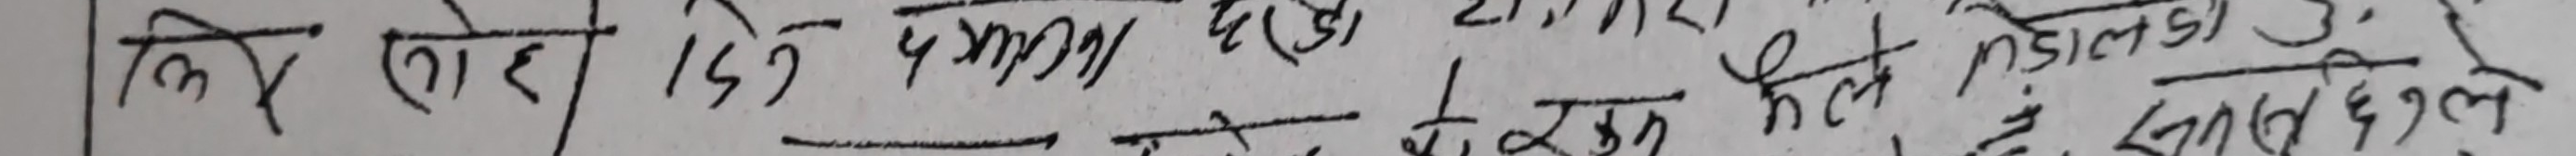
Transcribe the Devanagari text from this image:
कि तोरि दिन ५ ग्राम रु एक गरि फेल्नु डाल्नु छुट्टि।
मैले के गर्ने र सेन्टर देखि जल्छ नै न।